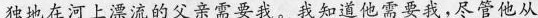
独地在河上漂流的父亲需要我。我知道他需要我，尽管他从